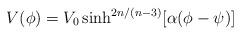
LaTeX: \begin{align*}V(\phi)=V_0 \sinh^{2n/(n-3)}[\alpha(\phi -\psi)]\end{align*}